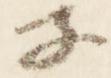
子